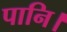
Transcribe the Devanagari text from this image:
पानि।